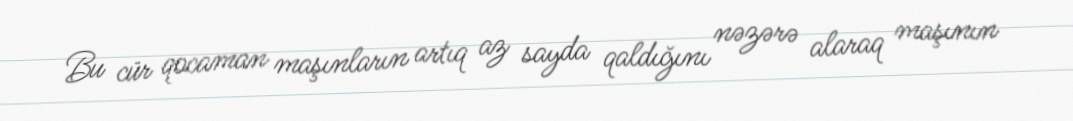
Bu cür qocaman maşınların artıq az sayda qaldığını nəzərə alaraq maşının